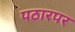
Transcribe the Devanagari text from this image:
पठारपर